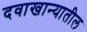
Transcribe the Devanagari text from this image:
दवाखान्यातील